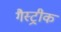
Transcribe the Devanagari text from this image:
गैस्ट्रीक